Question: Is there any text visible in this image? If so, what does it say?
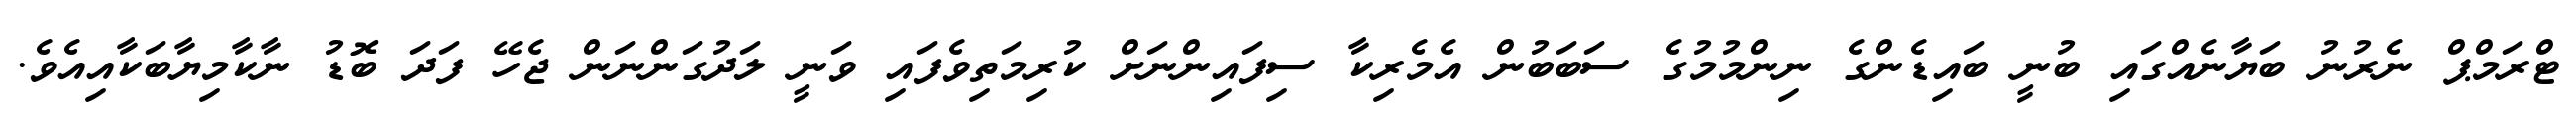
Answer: ޓްރަމްޕް ނެރުނު ބަޔާނެއްގައި ބުނީ ބައިޑެންގެ ނިންމުމުގެ ސަބަބުން އެމެރިކާ ސިފައިންނަށް ކުރިމަތިވެފައި ވަނީ ލަދުގަންނަން ޖެހޭ ފަދަ ބޮޑު ނާކާމިޔާބަކާއިއެވެ.